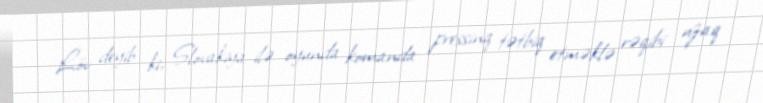
Löv deyib ki, Slovakiya ilə oyunda komanda pressinq tətbiq etməklə rəqibi uzaq